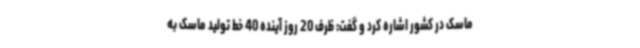
ماسک در کشور اشاره کرد و گفت: ظرف 20 روز آینده 40 خط تولید ماسک به